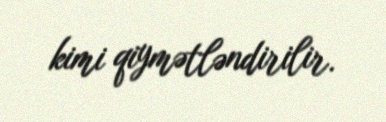
kimi qiymətləndirilir.